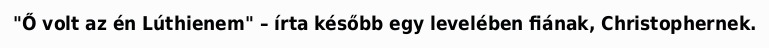
"Ő volt az én Lúthienem" – írta később egy levelében fiának, Christophernek.